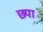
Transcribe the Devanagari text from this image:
छ्पा